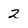
Character: 2